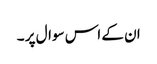
ان کے اس سوال پر ۔